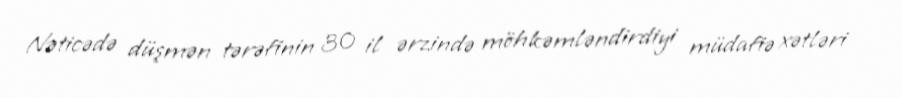
Nəticədə düşmən tərəfinin 30 il ərzində möhkəmləndirdiyi müdafiə xətləri